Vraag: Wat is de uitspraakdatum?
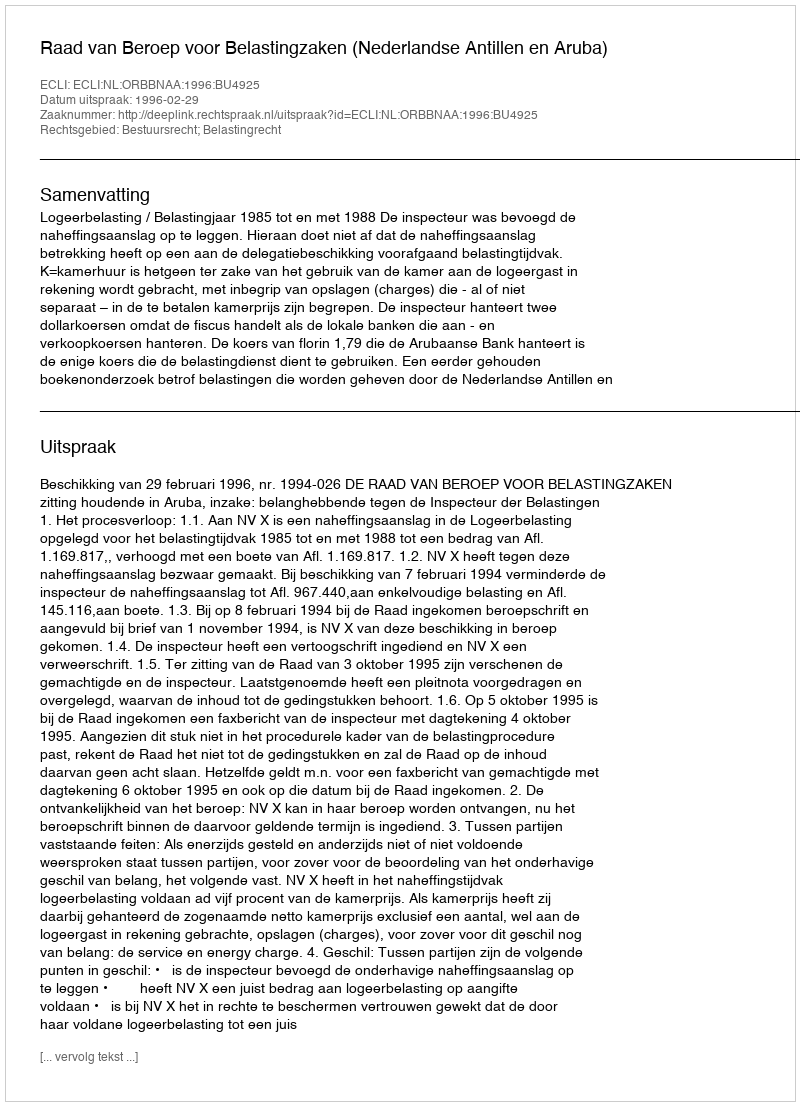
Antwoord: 1996-02-29